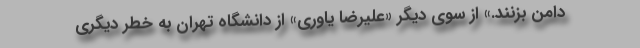
دامن بزنند.» از سوی دیگر «علیرضا یاوری» از دانشگاه تهران به خطر دیگری